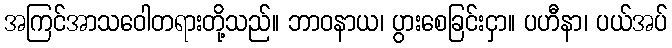
အကြင်အာသဝေါတရားတို့သည်။ ဘာဝနာယ၊ ပွားစေခြင်းငှာ။ ပဟီနာ၊ ပယ်အပ်